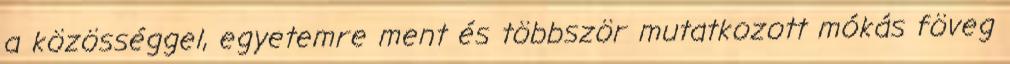
a közösséggel, egyetemre ment és többször mutatkozott mókás föveg